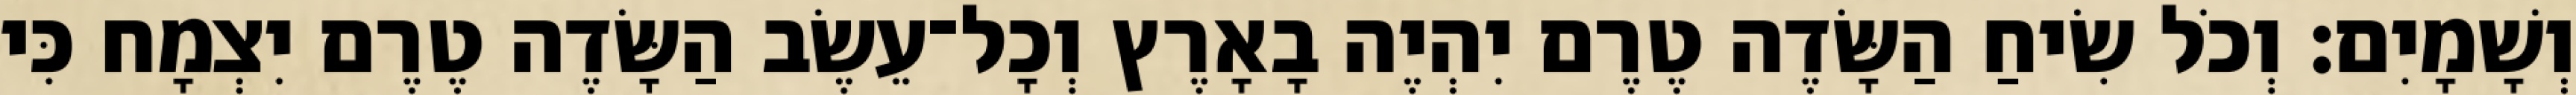
וְשָׁמָיִם׃ וְכֹל שִׂיחַ הַשָּׂדֶה טֶרֶם יִהְיֶה בָאָרֶץ וְכָל־עֵשֶׂב הַשָּׂדֶה טֶרֶם יִצְמָח כִּי